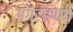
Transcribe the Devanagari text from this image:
अग्रहण्य